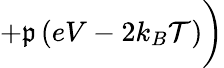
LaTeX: +\mathfrak{p}\left(eV-2k_{B}\mathcal{{T}}\right)\bigg)